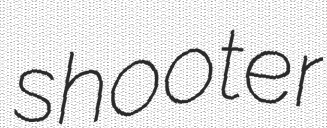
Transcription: shooter